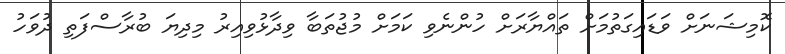
ކޮމިޝަނަށް ވަޑައިގަތުމަށް ތައްޔާރަށް ހުންނެވި ކަމަށް މުޖުތަބާ ވިދާޅުވިއިރު މިދިޔަ ބުރާސްފަތި ދުވަހު